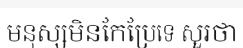
មនុស្សមិនកែប្រែទេ សួរថា